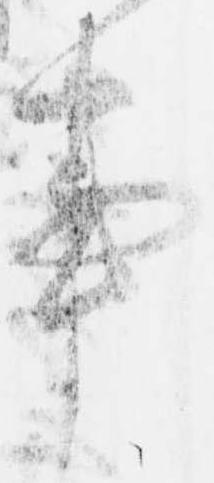
事